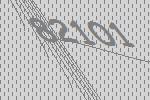
82101